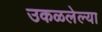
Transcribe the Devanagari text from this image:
उकळलेल्या